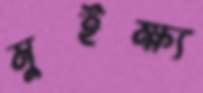
মুইক্ষ্য